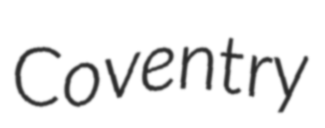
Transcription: Coventry